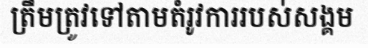
ត្រឹមត្រូវទៅតាមតំរូវការរបស់សង្គម